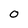
Character: 0